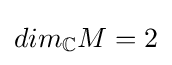
dim_{\mathbb {C} }M=2